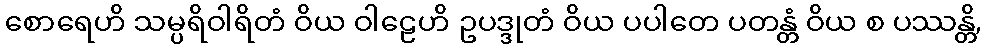
စောရေဟိ သမ္ပရိဝါရိတံ ဝိယ ဝါဠေဟိ ဥပဒ္ဒုတံ ဝိယ ပပါတေ ပတန္တံ ဝိယ စ ပဿန္တိ,